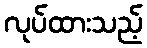
လုပ်ထားသည့်